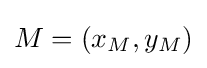
M=(x_{M},y_{M})